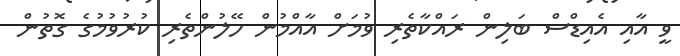
ވީ އާއި އެއިޑްސް ބަލިން ރައްކާތެރި ވުމަށް އާއްމުން ހޭލުންތެރި ކުރުވުމުގެ ގޮތުން